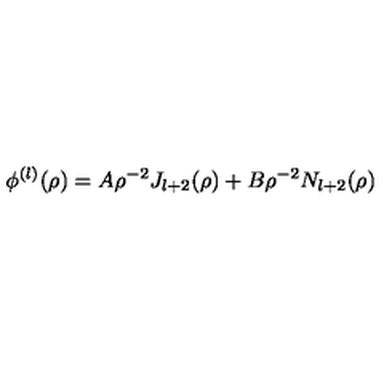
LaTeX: \phi ^ { ( l ) } ( \rho ) = A \rho ^ { - 2 } J _ { l + 2 } ( \rho ) + B \rho ^ { - 2 } N _ { l + 2 } ( \rho )